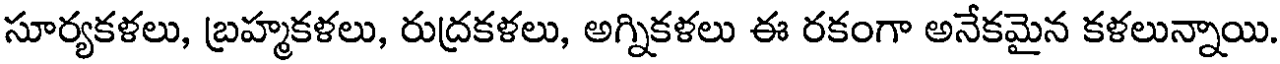
సూర్యకళలు, బ్రహ్మకళలు, రుద్రకళలు, అగ్నికళలు ఈ రకంగా అనేకమైన కళలున్నాయి.